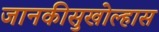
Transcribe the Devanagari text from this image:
जानकीसुखोल्हास